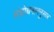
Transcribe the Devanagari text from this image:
संशोधनाननुसार